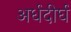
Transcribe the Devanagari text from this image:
अर्धदीर्घ